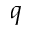
q